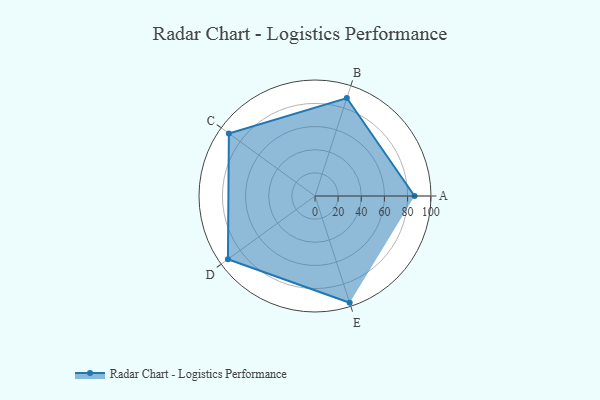
{"axis": {"x": "Skill", "y": "Score"}, "legend": ["Profile"], "data": [{"x": "A", "y": 86.0, "type": "Profile"}, {"x": "B", "y": 89.0, "type": "Profile"}, {"x": "C", "y": 92.0, "type": "Profile"}, {"x": "D", "y": 93.0, "type": "Profile"}, {"x": "E", "y": 97.0, "type": "Profile"}]}